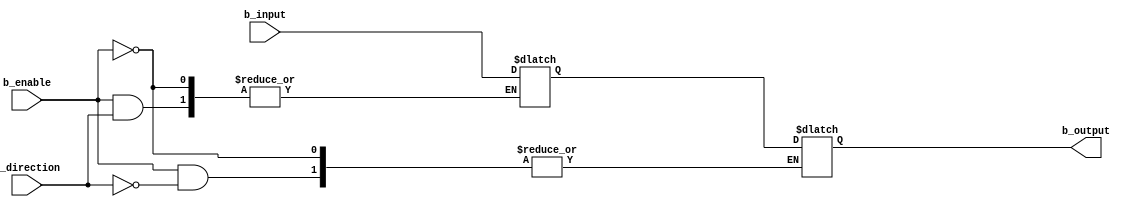
module bidirectional_buffer (
    input wire b_enable, // enable signal for buffer operation
    input wire b_direction, // control signal for data direction (0: input, 1: output)
    input wire [7:0] b_input, // input data
    output reg [7:0] b_output // output data
);

reg [7:0] buffer;

always @ (b_enable, b_direction, b_input)
begin
    if (b_enable)
    begin
        if (b_direction)
            b_output <= buffer;
        else
            buffer <= b_input;
    end
end

endmodule